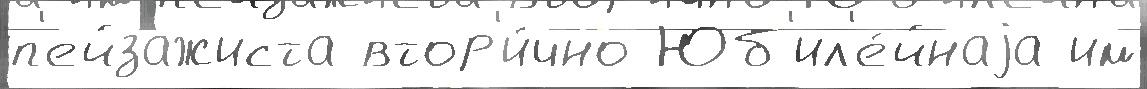
п'ейзажиста втор'и́чно Юб'ил'е́йнаjа им